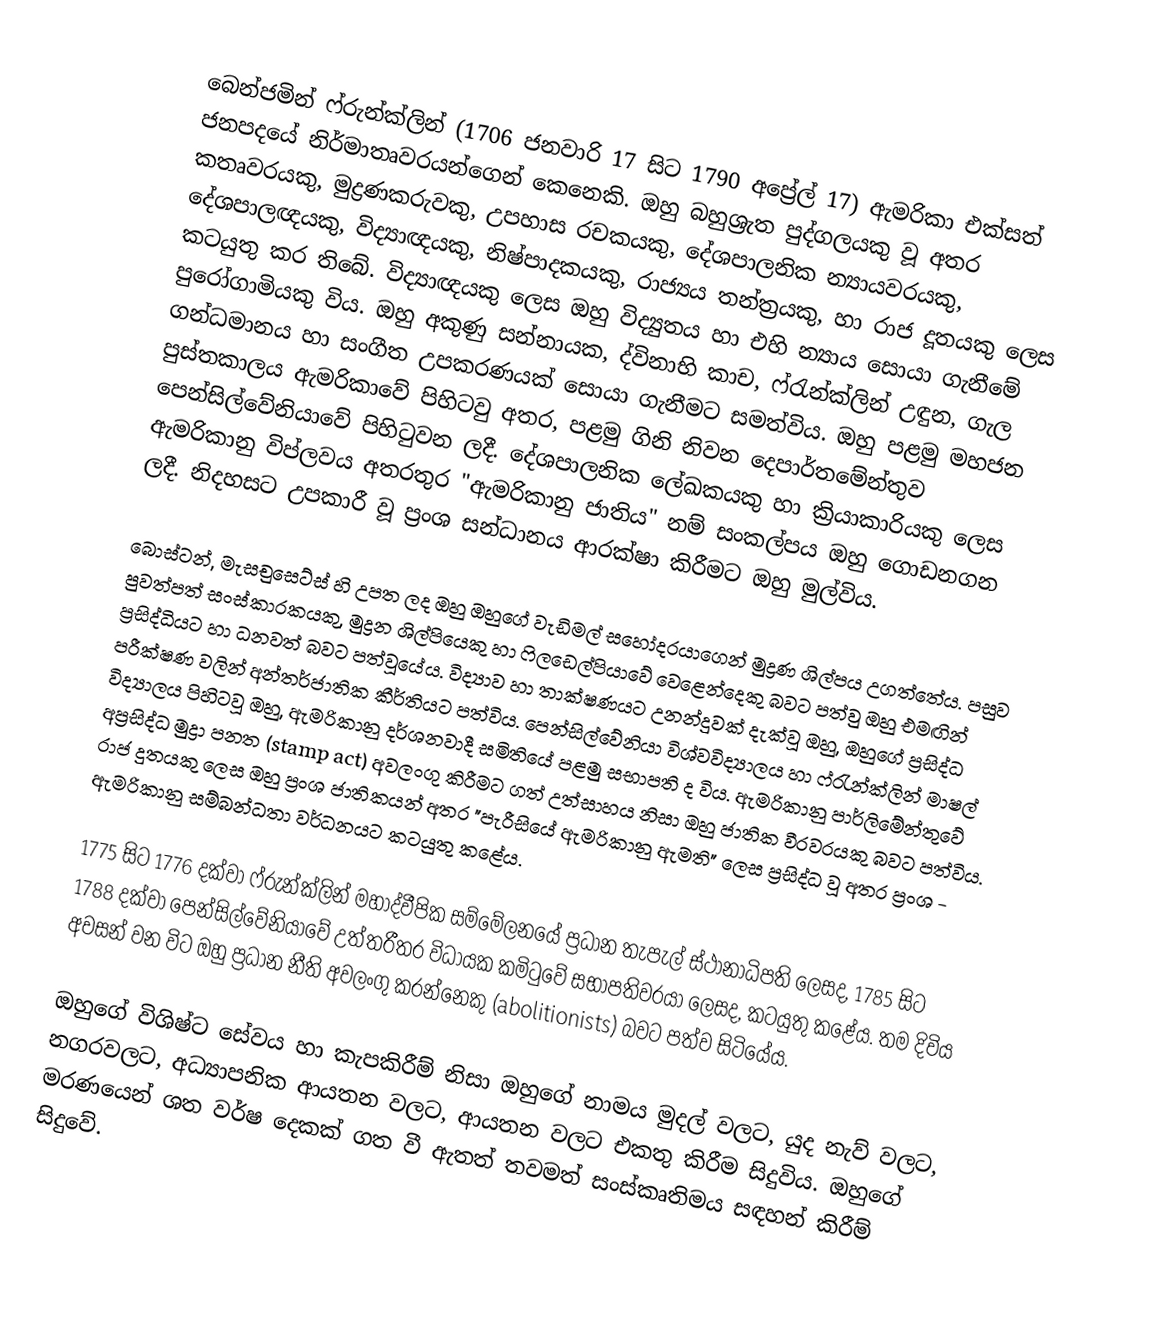
බෙන්ජමින් ෆ්රුන්ක්ලින් (1706 ජනවාරි 17 සිට 1790 අප්‍රේල් 17) ඇමරිකා එක්සත් ජනපදයේ නිර්මාතෘවරයන්ගෙන් කෙනෙකි. ඔහු බහුශ්‍රැත පුද්ගලයකු වූ අතර කතෘවරයකු, මුද්‍රණකරුවකු, උපහාස රචකයකු, දේශපාලනික න්‍යායවරයකු, දේශපාලඥයකු, විද්‍යාඥයකු, නිෂ්පාදකයකු, රාජ්‍යය තන්ත්‍රයකු, හා රාජ දූතයකු ලෙස කටයුතු කර තිබේ. විද්‍යාඥයකු ලෙස ඔහු විද්‍යුතය හා එහි න්‍යාය සොයා ගැනීමේ පුරෝගාමියකු විය. ඔහු අකුණු සන්නායක, ද්විනාභි කාච, ෆ්රැන්ක්ලින් උඳුන, ගැල ගන්ධමානය හා සංගීත උපකරණයක් සොයා ගැනීමට සමත්විය. ඔහු පළමු මහජන පුස්තකාලය ඇමරිකාවේ පිහිටවු අතර, පළමු ගිනි නිවන දෙපාර්තමේන්තුව පෙන්සිල්වේනියාවේ පිහිටුවන ලදී. දේශපාලනික ලේඛකයකු හා ක්‍රියාකාරියකු ලෙස ඇමරිකානු විප්ලවය අතරතුර "ඇමරිකානු ජාතිය" නම් සංකල්පය ඔහු ගොඩනගන ලදී. නිදහසට උපකාරී වූ ප්‍රංශ සන්ධානය ආරක්ෂා කිරීමට ඔහු මුල්විය.

බොස්ටන්, මැසචුසෙට්ස් හි උපත ලද ඔහු ඔහුගේ වැඩිමල් සහෝදරයාගෙන් මුද්‍රණ ශිල්පය උගත්තේය. පසුව පුවත්පත් සංස්කාරකයකු, මුද්‍රන ශිල්පියෙකු හා ෆිලඩෙල්පියාවේ වෙළෙන්දෙකු බවට පත්වු ඔහු එමඟින් ප්‍රසිද්ධියට හා ධනවත් බවට පත්වූ‍යේය. විද්‍යාව හා තාක්ෂණයට උනන්දුවක් දැක්වූ ඔහු, ඔහුගේ ප්‍රසිද්ධ පරීක්ෂණ වලින් අන්තර්ජාතික කීර්තියට පත්විය. පෙන්සිල්වේනියා විශ්වවිද්‍යාලය හා ‍ෆ්රැන්ක්ලින් මාෂල් විද්‍යාලය පිහිටවූ ඔහු, ඇමරිකානු දර්ශනවාදී සමිතියේ පළමු සභාපති ද විය. ඇමරිකානු පාර්ලිමේන්තුවේ අප්‍රසිද්ධ මුද්‍රා පනත (stamp act) අවලංගු කිරීමට ගත් උත්සාහය නිසා ඔහු ජාතික වීරවරයකු බවට පත්විය. රාජ දුතයකු ලෙස ඔහු ප්‍රංශ ජාතිකයන් අතර "පැරීසියේ ඇමරිකානු ඇමති" ලෙස ප්‍රසිද්ධ වූ අතර ප්‍රංශ - ඇමරිකානු සම්බන්ධතා වර්ධනයට කටයුතු කළේය.

1775 සිට 1776 දක්වා ෆ්රුන්ක්ලින් මහාද්වීපික සම්මේලනයේ ප්‍රධාන තැපැල් ස්ථානාධිපති ලෙසද, 1785 සිට 1788 දක්වා පෙන්සිල්වේනියාවේ උත්තරීතර විධායක කමිටුවේ සභාපතිවරයා ලෙසද, කටයුතු කළේය. තම දිවිය අවසන් වන විට ඔහු ප්‍රධාන නීති අවලංගු කරන්නෙකු (abolitionists) බවට පත්ව සිටියේය.

ඔහුගේ විශිෂ්ට සේවය හා කැපකිරීම් නිසා ඔහුගේ නාමය මුදල් වලට, යුද නැව් වලට, නගරවලට, අධ්‍යාපනික ආයතන වලට, ආයතන වලට එකතු කිරීම සිදුවිය. ඔහුගේ මරණයෙන් ශත වර්ෂ දෙකක් ගත වී ඇතත් තවමත් සංස්කෘතිමය සඳහන් කිරීම් සිදුවේ.